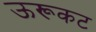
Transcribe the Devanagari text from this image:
ऊरूकट